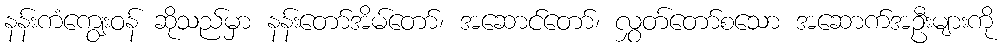
နန်းကံကျွေးဝန် ဆိုသည်မှာ နန်းတော်အိမ်တော်၊ အဆောင်တော်၊ လွှတ်တော်စသော အဆောက်အဦးများကို